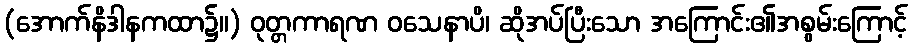
(အောက်နိဒါနကထာ၌။) ဝုတ္တကာရဏ ဝသေနာပိ၊ ဆိုအပ်ပြီးသော အကြောင်း၏အစွမ်းကြောင့်